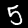
Label: 5